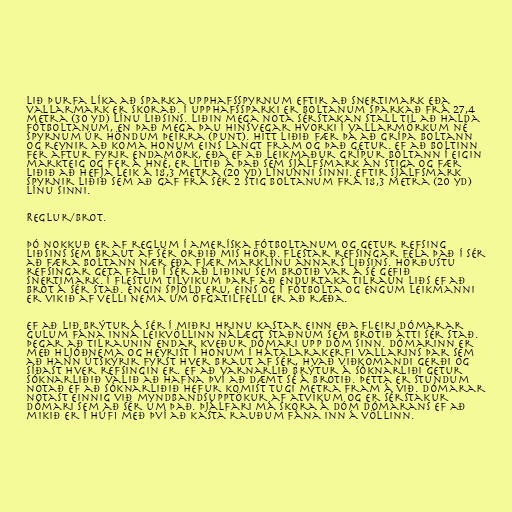
Lið þurfa líka að sparka upphafsspyrnum eftir að snertimark eða
vallarmark er skorað. Í upphafssparki er boltanum sparkað frá 27,4
metra (30 yd) línu liðsins. Liðin mega nota sérstakan stall til að halda
fótboltanum, en það mega þau hinsvegar hvorki í vallarmörkum né
spyrnum úr höndum þeirra (punt). Hitt liðið fær þá að grípa boltann
og reynir að koma honum eins langt fram og það getur. Ef að boltinn
fer aftur fyrir endamörk, eða ef að leikmaður grípur boltann í eigin
markteig og fer á hné, er litið á það sem sjálfsmark án stiga og fær
liðið að hefja leik á 18,3 metra (20 yd) línunni sinni. Eftir sjálfsmark
spyrnir liðið sem að gaf frá sér 2 stig boltanum frá 18,3 metra (20 yd)
línu sinni.

Reglur/Brot.

Þó nokkuð er af reglum í ameríska fótboltanum og getur refsing
liðsins sem braut af sér orðið mis hörð. Flestar refsingar fela það í sér
að færa boltann nær eða fjær marklínu annars liðsins. Hörðustu
refsingar geta falið í sér að liðinu sem brotið var á sé gefið
snertimark. Í flestum tilvikum þarf að endurtaka tilraun liðs ef að
brot á sér stað. Engin spjöld eru, eins og í fótbolta og engum leikmanni
er vikið af velli nema um öfgatilfelli er að ræða.

Ef að lið brýtur á sér í miðri hrinu kastar einn eða fleiri dómarar
gulum fána inná leikvöllinn nálægt staðnum sem brotið átti sér stað.
Þegar að tilraunin endar kveður dómari upp dóm sinn. Dómarinn er
með hljóðnema og heyrist í honum í hátalarakerfi vallarins þar sem
að hann útskýrir fyrst hver braut af sér, hvað viðkomandi gerði og
síðast hver refsingin er. Ef að varnarlið brýtur á sóknarliði getur
sóknarliðið valið að hafna því að dæmt sé á brotið. Þetta er stundum
notað ef að sóknarliðið hefur komist tugi metra fram á við. Dómarar
notast einnig við myndbandsupptökur af atvikum og er sérstakur
dómari sem að sér um það. Þjálfari má skora á dóm dómarans ef að
mikið er í húfi með því að kasta rauðum fána inn á völlinn.